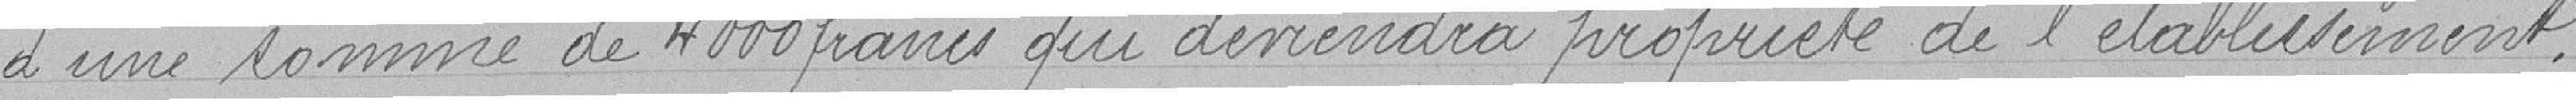
d'une somme de 4000 francs qui deviendra propriété de l'établissement.